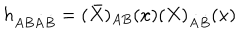
h _ { A B \dot { A } \dot { B } } = ( \bar { X } ) _ { A B } ( x ) ( X ) _ { \dot { A } \dot { B } } ( x )